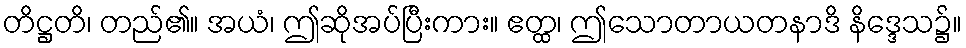
တိဋ္ဌတိ၊ တည်၏။ အယံ၊ ဤဆိုအပ်ပြီးကား။ ဧတ္ထ၊ ဤသောတာယတနာဒိ နိဒ္ဒေသ၌။